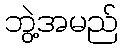
ဘွဲ့အမည်